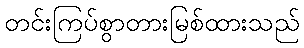
တင်းကြပ်စွာတားမြစ်ထားသည်